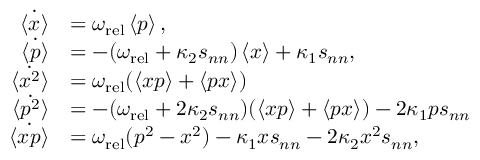
\begin{array} { r l } { \dot { \left\langle x \right\rangle } } & { = \omega _ { \mathrm { r e l } } \left\langle p \right\rangle , } \\ { \dot { \left\langle p \right\rangle } } & { = - ( \omega _ { \mathrm { r e l } } + \kappa _ { 2 } s _ { n n } ) \left\langle x \right\rangle + \kappa _ { 1 } s _ { n n } , } \\ { \dot { \left\langle x ^ { 2 } \right\rangle } } & { = \omega _ { \mathrm { r e l } } ( \left\langle x p \right\rangle + \left\langle p x \right\rangle ) } \\ { \dot { \left\langle p ^ { 2 } \right\rangle } } & { = - ( \omega _ { \mathrm { r e l } } + 2 \kappa _ { 2 } s _ { n n } ) ( \left\langle x p \right\rangle + \left\langle p x \right\rangle ) - 2 \kappa _ { 1 } p s _ { n n } } \\ { \dot { \left\langle x p \right\rangle } } & { = \omega _ { \mathrm { r e l } } ( p ^ { 2 } - x ^ { 2 } ) - \kappa _ { 1 } x s _ { n n } - 2 \kappa _ { 2 } x ^ { 2 } s _ { n n } , } \end{array}